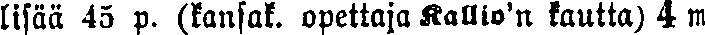
lisää 45 p (kansak. opettaja Kallio'n kautta) 4 m